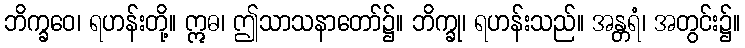
ဘိက္ခဝေ၊ ရဟန်းတို့။ ဣဓ၊ ဤသာသနာတော်၌။ ဘိက္ခု၊ ရဟန်းသည်။ အန္တရံ၊ အတွင်း၌။